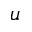
u